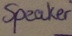
Text: speaker